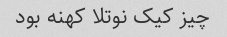
چیز کیک نوتلا کهنه بود